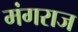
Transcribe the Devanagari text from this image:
मंगराज